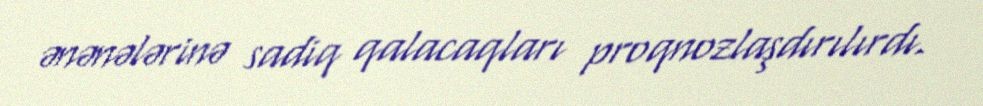
ənənələrinə sadiq qalacaqları proqnozlaşdırılırdı.